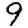
Digit: 9